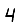
Digit: 4